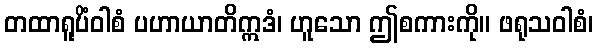
တထာရူပိံဝါစံ ပဟာယာတိဣဒံ၊ ဟူသော ဤစကားကို။ ဖရုသဝါစံ၊